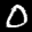
Label: 0